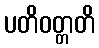
ပတိဝတ္တတိ